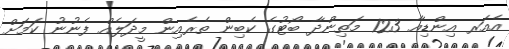
އެއަރ އިންޑިއާ 123 މަތިންދާ ބޯޓުގެ ކެބިން ތެރެއިން މީދަލެއް ފެނުނު ކަމަށް